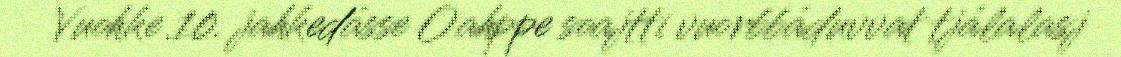
Vuohke 10. jahkedásse Oahppe soajtti vuorbbáduvvat tjálalasj